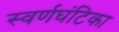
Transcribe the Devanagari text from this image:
स्वर्णघंटिका